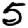
Digit: 5